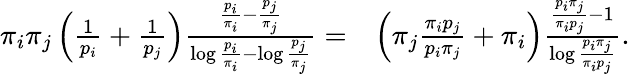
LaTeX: \begin{array}{rl}{\pi_{i}\pi_{j}\left(\frac{1}{p_{i}}+\frac{1}{p_{j}}\right)\frac{\frac{p_{i}}{\pi_{i}}-\frac{p_{j}}{\pi_{j}}}{\log\frac{p_{i}}{\pi_{i}}-\log\frac{p_{j}}{\pi_{j}}}=}&{\left(\pi_{j}\frac{\pi_{i}p_{j}}{p_{i}\pi_{j}}+\pi_{i}\right)\frac{\frac{p_{i}\pi_{j}}{\pi_{i}p_{j}}-1}{\log\frac{p_{i}\pi_{j}}{\pi_{i}p_{j}}}.}\end{array}